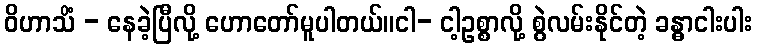
ဝိဟာသိံ - နေခဲ့ပြီလို့ ဟောတော်မူပါတယ်။ငါ- ငါ့ဥစ္စာလို့ စွဲလမ်းနိုင်တဲ့ ခန္ဓာငါးပါး